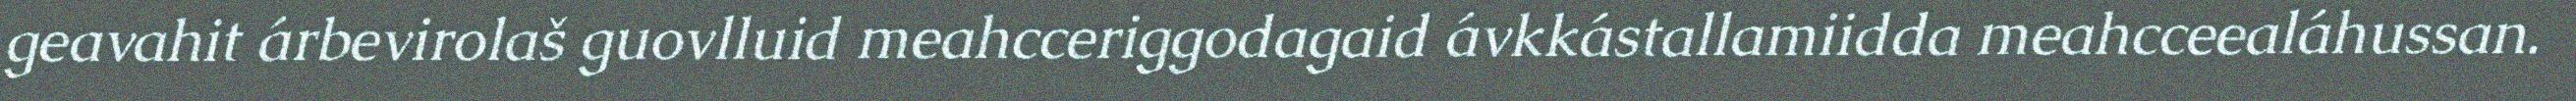
geavahit árbevirolaš guovlluid meahcceriggodagaid ávkkástallamiidda meahcceealáhussan.